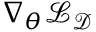
\nabla _ { \boldsymbol { \theta } } \mathcal { L } _ { \mathcal { D } }